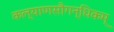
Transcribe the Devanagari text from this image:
कल्याणसौगन्धिकम्